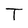
Character: T